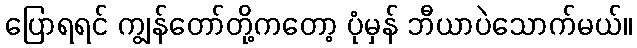
ပြောရရင် ကျွန်တော်တို့ကတော့ ပုံမှန် ဘီယာပဲသောက်မယ်။